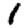
Digit: 1